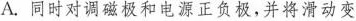
A.同时对调磁极和电源正负极，并将滑动变